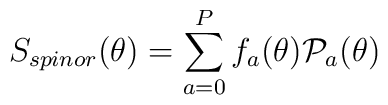
S_{spinor} (\theta) = \sum_{a=0}^{P} f_a(\theta) {\cal P}_a (\theta)